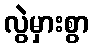
လွဲမှားစွာ